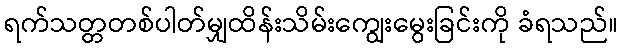
ရက်သတ္တတစ်ပါတ်မျှထိန်းသိမ်းကျွေးမွေးခြင်းကို ခံရသည်။